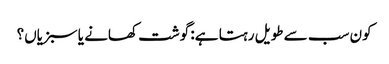
کون سب سے طویل رہتا ہے: گوشت کھانے یا سبزیاں؟